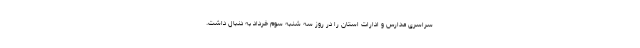
سراسری مدارس و ادارات استان را در روز سه شنبه سوم خرداد به دنبال داشت.